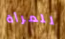
للمرأة